Sketch of the medical history of the native army of Bombay, for the year
Year: 1875
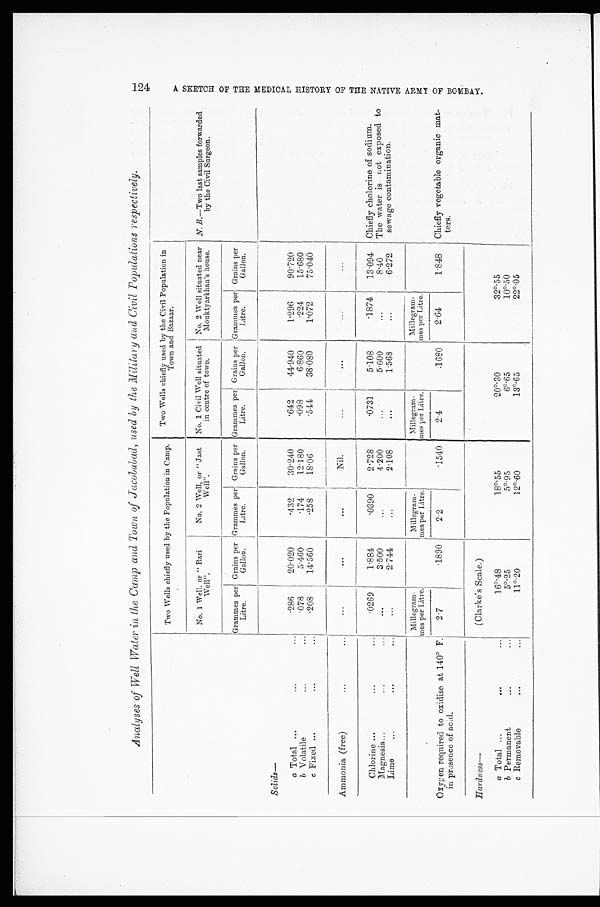
Analyses of Well Water in the Camp and Town of J acobabad , used by the Military and Civil Populations respectively.
Two Wells chiefly used by the Civil Population in C a m p .
Two Wells chiefly used by the Population in Camp. Town and Bazaar.
No. 1 Well, or " Bari
Well".
No. 2 Well, or " Jast
No. 1 Civil Well situated
Well".
in centre of town.
No. 2 Well situated near
Mouktyarkhan's house.
N. B.—Two last samples forwarded
by the Civil Surgeon.
Grammes per
Litre.
Grains per
Gallon.
Grammes per
Litre.
Grammes per Litre.
Grains per G a l l o n Grammes per
Litre.
Grains per
Gallon.
Solids—
a Total ...
...
...
286
20.020
. 4 3 230.240
.642
44.940
1.296
90.720
b Volatile
...
...
.078
5.460
. 1 7 412.180
.098
6.860
.224
15.680
c Fixed ...
...
...
.208
14.560
. 2 5 8
18.06
.544
38.080
1.072
75.040
Ammonia (free)
...
...
. . .
. . .
Nil.
. . .
. . .
...
...
Chlorine ...
...
...
.0269
1.884
. 0 3 9 0 2.728
. 0 7 3 1
5.108
1874
13.094 Chiefly cholorine of sodium.
The water is not exposed to
sewage contamination.
Magnesia...
...
...
3.500
. . .
4.200
...
5.600
...
8.40
Lime
...
...
...
...
2.744
...
2.108
...
1.568
...
6.272
Millegram-
m e s p e r L i t r e .
M i l l e g r a m - m e s p e r L i t r e .
Millegram
-mes per Litre.
Millegram-
mes per Litre.
Oxygen required to oxidise at 140° F.
in presence of acid.
2.7
.1890
2.2
.1540
2.4
.1680
2.64
1.848
Chiefly vegetable organic mat-
ters.
Hardness—
(Clarke's Scale.)
a Total ...
...
...
16°.48
18º.55
2 0 0 º . 3 0
32°.55
b Permanent
...
...
5°.25
5º.95
6°.65
10°.50
c Removable
... ...
11°.20
12º.60
13°.65
22°.05
124
A S K E T C H O F T H E M E D I C A L H I S T O R Y O F T H E n N A T I V E A R M Y O F B O M B A Y .